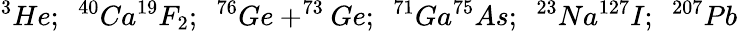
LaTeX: ^{3}He;~~^{40}Ca^{19}F_{2};~~^{76}Ge+^{73}Ge;~~^{71}Ga^{75}As;{}~~^{23}Na^{127}I;~~^{207}Pb